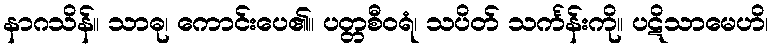
နာဂသိန်။ သာဓု၊ ကောင်းပေ၏။ ပတ္တစီဝရံ၊ သပိတ် သင်္ကန်းကို။ ပဋိသာမေဟိ၊